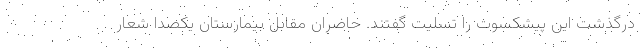
درگذشت این پیشکسوت را تسلیت گفتند. حاضران مقابل بیمارستان یکصدا شعار